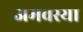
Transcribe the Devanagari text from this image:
अमवस्या